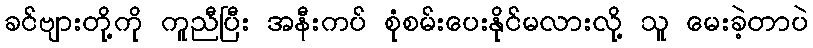
ခင်ဗျားတို့ကို ကူညီပြီး အနီးကပ် စုံစမ်းပေးနိုင်မလားလို့ သူ မေးခဲ့တာပဲ